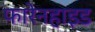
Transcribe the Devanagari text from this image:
फारेनहाइड